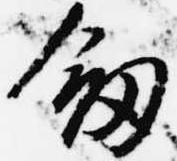
剣